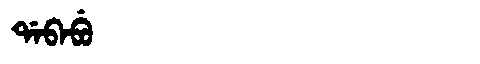
Manchu: ᡩᠠᠪᠠᠪᡠ
Romanization: DABABU